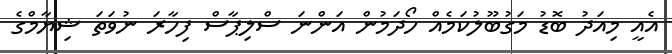
އެއީ މިއަދު ބޮޑު މަގުބޫލުކަމެއް ހޯދަމުން އަންނަ ސްލިޕާސް ފިހާރަ ނުވަތަ ޝިޔާމްގެ